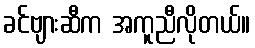
ခင်ဗျားဆီက အကူညီလိုတယ်။